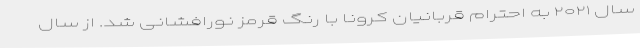
سال ۲۰۲۱ به احترام قربانیان کرونا با رنگ قرمز نورافشانی شد. از سال